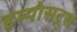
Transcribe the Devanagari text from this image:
इम्पोसट्र्स